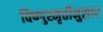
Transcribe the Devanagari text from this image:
विष्णुस्मृतीनुसार